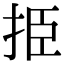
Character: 挋